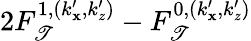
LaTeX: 2F_{\mathscr{T}}^{1,(k_{\mathbf{x}}^{\prime},k_{z}^{\prime})}-F_{\mathscr{T}}^{0,(k_{\mathbf{x}}^{\prime},k_{z}^{\prime})}